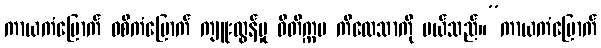
ကာယကံမြောက် ဝစီကံမြောက် ကျူးလွန်မှု ဝီတိက္ကမ ကိလေသာကို ပယ်သည်။”ကာယကံမြောက်